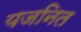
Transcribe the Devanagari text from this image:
यजनित